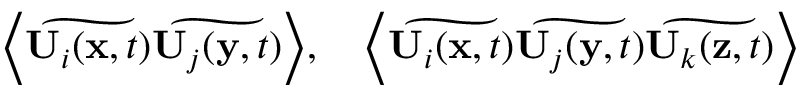
\begin{array} { r } { \bigg \langle \widetilde { \mathbf { U } _ { i } ( \mathbf { x } , t ) } \widetilde { \mathbf { U } _ { j } ( \mathbf { y } , t ) } \bigg \rangle , ~ ~ ~ \bigg \langle \widetilde { \mathbf { U } _ { i } ( \mathbf { x } , t ) } \widetilde { \mathbf { U } _ { j } ( \mathbf { y } , t ) } \widetilde { \mathbf { U } _ { k } ( \mathbf { z } , t ) } \bigg \rangle } \end{array}